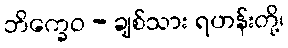
ဘိက္ခေဝ - ချစ်သား ရဟန်းတို့၊